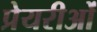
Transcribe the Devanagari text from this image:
प्रेयरीओं